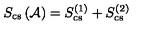
S _ { \mathrm { c s } } \left( { \cal A } \right) = S _ { \mathrm { c s } } ^ { ( 1 ) } + S _ { \mathrm { c s } } ^ { ( 2 ) }